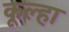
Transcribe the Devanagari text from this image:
कूल्‍हा